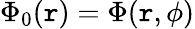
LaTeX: \Phi_{0}(\mathtt{r})=\Phi(\mathtt{r},\phi)